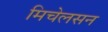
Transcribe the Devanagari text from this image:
मिचेलसन